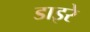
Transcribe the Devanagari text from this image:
डाइरे